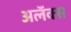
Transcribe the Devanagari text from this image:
अलॅक्स